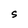
Character: S